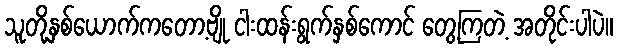
သူတို့နှစ်ယောက်ကတော့ဗျို ငါးထန်းရွက်နှစ်ကောင် တွေ့ကြတဲ့ အတိုင်းပါပဲ။